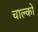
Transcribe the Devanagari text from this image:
चाल्को